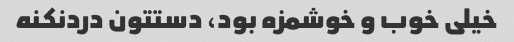
خیلی خوب و خوشمزه بود، دستتون دردنکنه